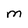
Character: m